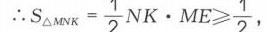
\(\therefore S_{\triangle MNK}=\frac{1}{2}NK\cdot ME\geqslant\frac{1}{2}\)，